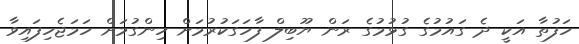
ހަފުތާ އަކީ ދެ ގައުމުގެ ގުޅުމުގެ ރަން ޔޫބިލް ފާހަގަކުރުމަށް ހިންގުމަށް ހަމަޖެހިފައިވާ